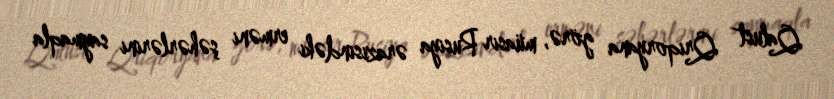
Qalust Qriqoryana görə, müasir Rusiya ərazisindəki erməni şəhərlərini saymaqla